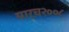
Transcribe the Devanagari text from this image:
मार्च२००८